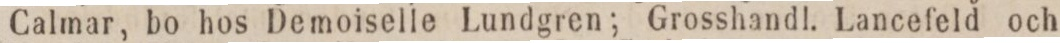
Calmar, bo hos Demoiselle Lundgren; Grosshandl. Lancefeld och